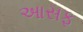
આસફ